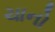
ચાનો